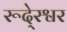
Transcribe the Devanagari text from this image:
रूदे्रश्वर